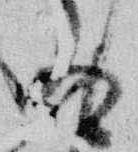
有